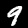
Digit: 9